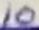
Text: 10